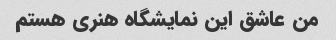
من عاشق این نمایشگاه هنری هستم